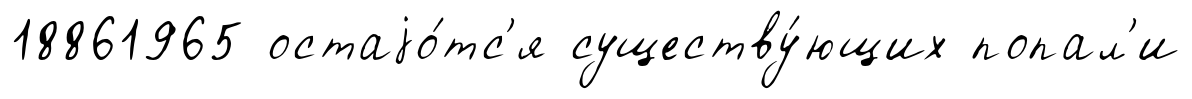
18861965 остаjо́тс'я существу́ющих попал'и